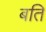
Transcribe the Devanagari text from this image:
बति